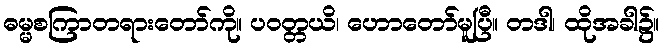
ဓမ္မစကြာတရားတော်ကို။ ပဝတ္တယိ၊ ဟောတော်မူပြီ။ တဒါ၊ ထိုအခါ၌။